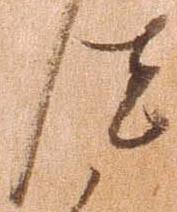
汰